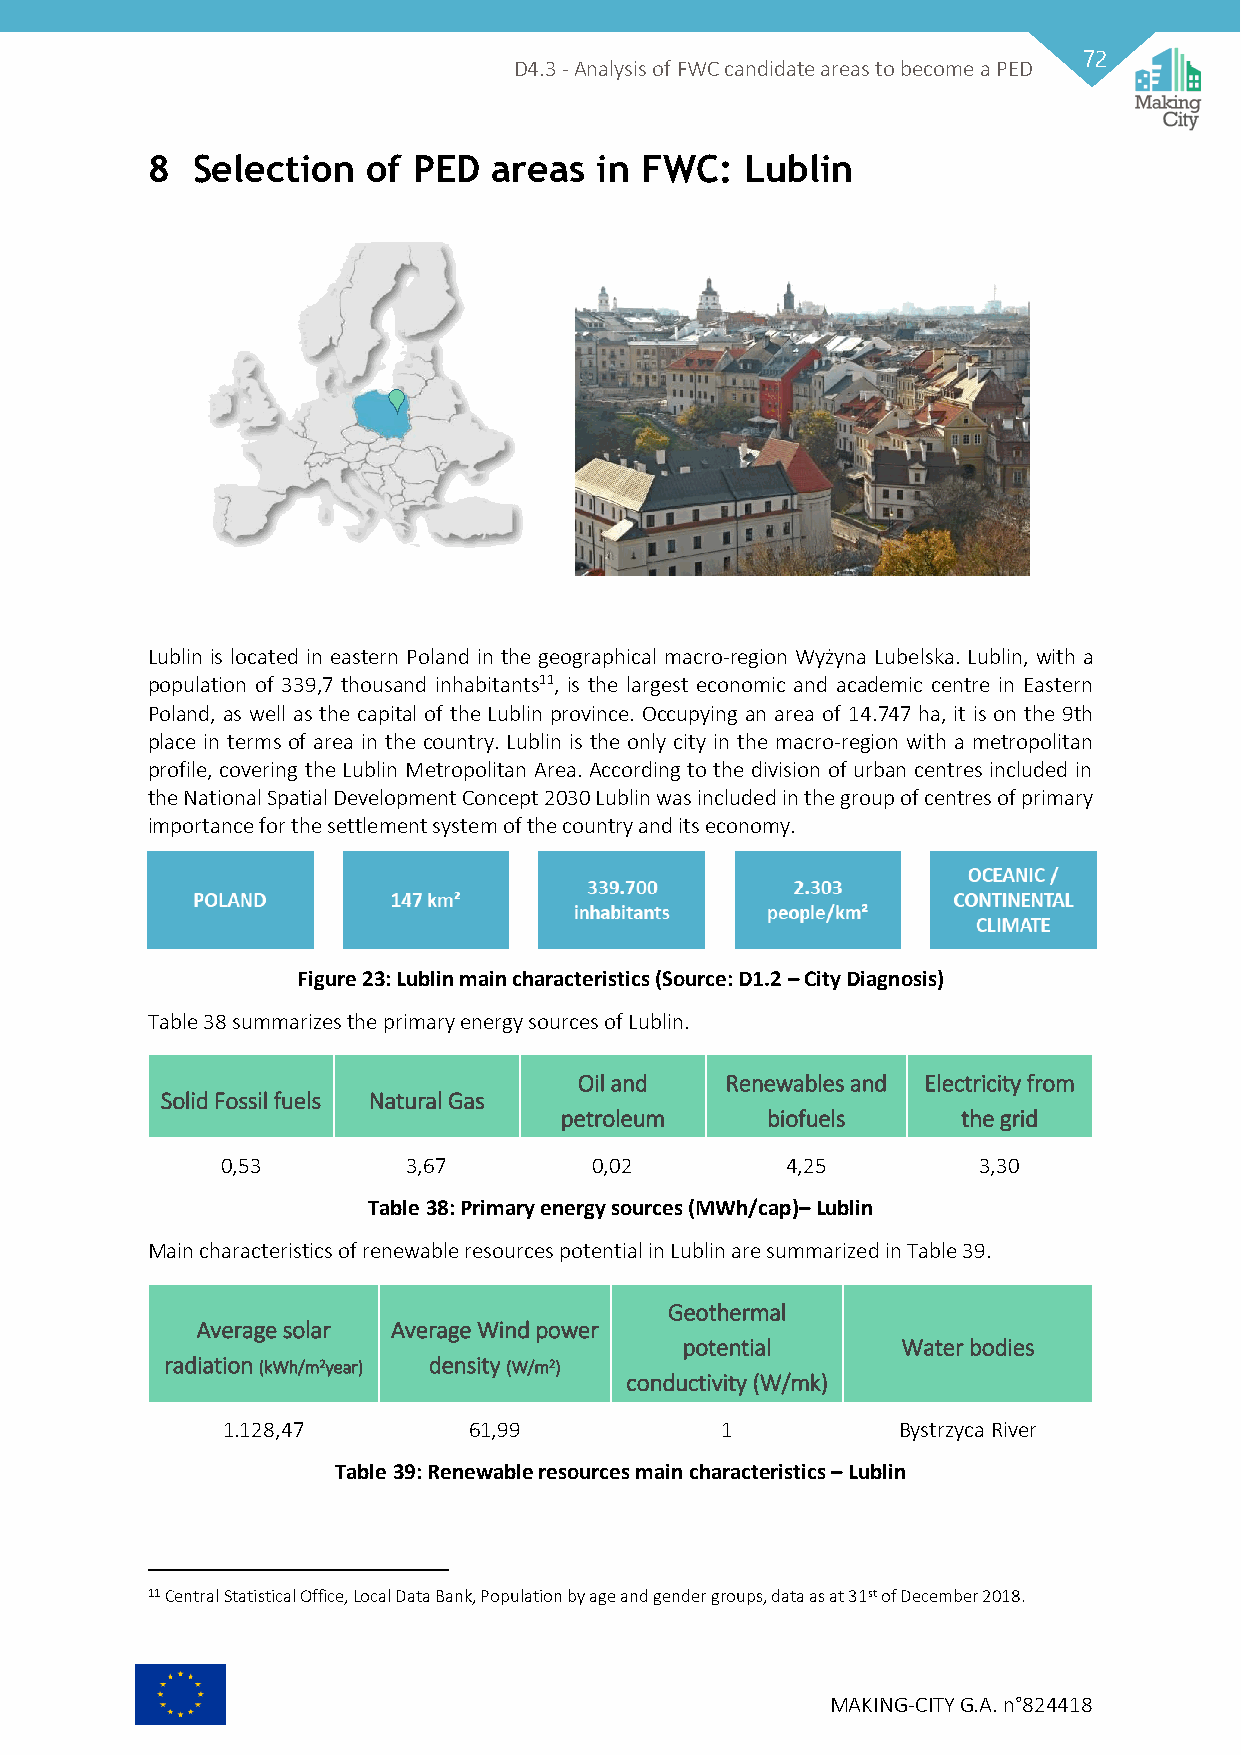
72
 D4.3 - Analysis of FWC candidate areas to become a PED
 8  Selection  of PED   areas in FWC:   Lublin
 Lublin is located in eastern Poland in the geographical macro-region Wyżyna Lubelska. Lublin, with a
 population of 339,7 thousand inhabitants11, is the largest economic and academic centre in Eastern
 Poland, as well as the capital of the Lublin province. Occupying an area of 14.747 ha, it is on the 9th
 place in terms of area in the country. Lublin is the only city in the macro-region with a metropolitan
 profile, covering the Lublin Metropolitan Area. According to the division of urban centres included in
 the National Spatial Development Concept 2030 Lublin was included in the group of centres of primary
 importance for the settlement system of the country and its economy.
 Figure 23: Lublin main characteristics (Source: D1.2 – City Diagnosis)
 Table 38 summarizes the primary energy sources of Lublin.
 Oil and   Renewables and Electricity from
 Solid Fossil fuels Natural Gas
 petroleum     biofuels     the grid
 0,53        3,67        0,02         4,25         3,30
 Table 38: Primary energy sources (MWh/cap)– Lublin
 Main characteristics of renewable resources potential in Lublin are summarized in Table 39.
 Geothermal
 Average solar Average Wind power
 potential      Water bodies
 radiation (kWh/m2year) density (W/m2)
 conductivity (W/mk)
 1.128,47        61,99            1          Bystrzyca River
 Table 39: Renewable resources main characteristics – Lublin
 11 Central Statistical Office, Local Data Bank, Population by age and gender groups, data as at 31st of December 2018.
 MAKING-CITY G.A. n°824418